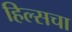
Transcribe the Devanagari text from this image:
हिल्सचा